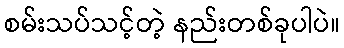
စမ်းသပ်သင့်တဲ့ နည်းတစ်ခုပါပဲ။